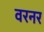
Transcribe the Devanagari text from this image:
वरनर